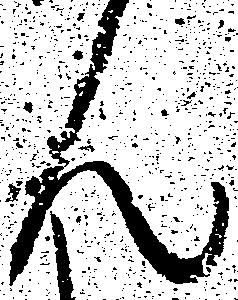
ん